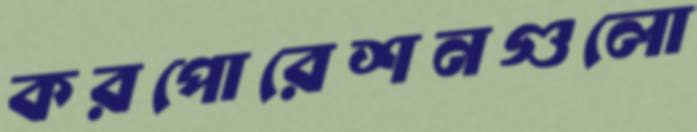
করপোরেশনগুলো